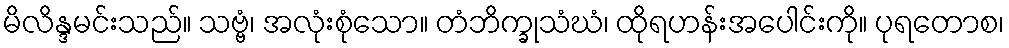
မိလိန္ဒမင်းသည်။ သဗ္ဗံ၊ အလုံးစုံသော။ တံဘိက္ခုသံဃံ၊ ထိုရဟန်းအပေါင်းကို။ ပုရတောစ၊